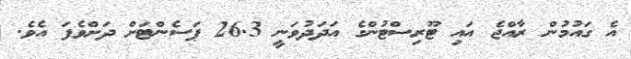
އެ ގައުމުން ރާއްޖެ އައި ޓޫރިސްޓުންގެ އަދަދުވަނީ 26.3 ޕަސެންޓަށް ދަށްވެފަ އެވެ.